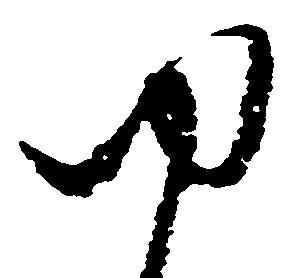
ゆ